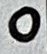
Text: 0